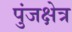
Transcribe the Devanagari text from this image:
पुंजक्षेत्र